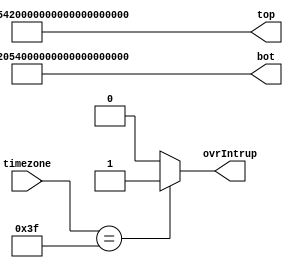
`timescale 1ns / 1ps

//  timezone_overlay module
//  ->overlays a message to the screen if no timezone is selected

module timezone_overlay(
    input [5:0] timezone,
    output ovrIntrup,
    output [127:0] top, bot
    );
    
    reg intrup;
    
    always@(timezone)
    begin
        if(timezone == 6'b111111)   //if invalid state is detected by timezone_control
            intrup = 1;
        else                        //reset interrupt
            intrup = 0;
    end
    
    //assign to output
    assign ovrIntrup = intrup;
    assign top = {8'h53, 8'h45, 8'h4C, 8'h45, 8'h43, 8'h54, 8'h20, 8'h54, 8'h49, 8'h4D, 8'h45, 8'h5A, 8'h4F, 8'h4E, 8'h45, 8'h20};
    assign bot = {8'h20, 8'h57, 8'h49, 8'h54, 8'h48, 8'h20, 8'h53, 8'h57, 8'h49, 8'h54, 8'h43, 8'h48, 8'h45, 8'h53, 8'h20, 8'h20};
    
endmodule